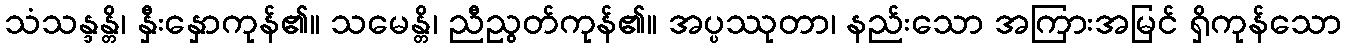
သံသန္ဒန္တိ၊ နှီးနှောကုန်၏။ သမေန္တိ၊ ညီညွတ်ကုန်၏။ အပ္ပဿုတာ၊ နည်းသော အကြားအမြင် ရှိကုန်သော